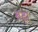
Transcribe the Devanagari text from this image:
बढ़़ा